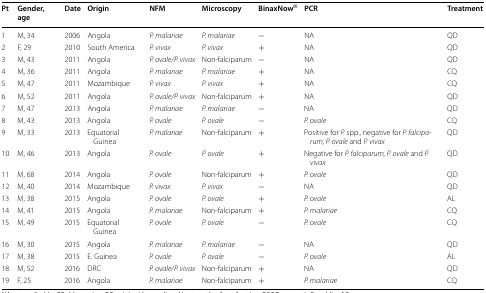
<table><thead><tr><td><b>Pt</b></td><td><b>Gender, age</b></td><td><b>Date</b></td><td><b>Origin</b></td><td><b>NFM</b></td><td><b>Microscopy</b></td><td><b>BinaxNow<sup>®</sup></b></td><td><b>PCR</b></td><td><b>Treatment</b></td></tr></thead><tbody><tr><td>1</td><td>M, 34</td><td>2006</td><td>Angola</td><td><i>P. malariae</i></td><td><i>P. malariae</i></td><td>−</td><td>NA</td><td>QD</td></tr><tr><td>2</td><td>F, 29</td><td>2010</td><td>South America</td><td><i>P. vivax</i></td><td><i>P. vivax</i></td><td>+</td><td>NA</td><td>QD</td></tr><tr><td>3</td><td>M, 43</td><td>2011</td><td>Angola</td><td><i>P. ovale/P. vivax</i></td><td>Non-falciparum</td><td>−</td><td>NA</td><td>QD</td></tr><tr><td>4</td><td>M, 36</td><td>2011</td><td>Angola</td><td><i>P. malariae</i></td><td><i>P. malariae</i></td><td>+</td><td>NA</td><td>CQ</td></tr><tr><td>5</td><td>M, 47</td><td>2011</td><td>Mozambique</td><td><i>P. vivax</i></td><td><i>P. vivax</i></td><td>+</td><td>NA</td><td>CQ</td></tr><tr><td>6</td><td>M, 52</td><td>2011</td><td>Angola</td><td><i>P. ovale/P. vivax</i></td><td>Non-falciparum</td><td>+</td><td>NA</td><td>QD</td></tr><tr><td>7</td><td>M, 47</td><td>2013</td><td>Angola</td><td><i>P. malariae</i></td><td><i>P. malariae</i></td><td>−</td><td>NA</td><td>QD</td></tr><tr><td>8</td><td>M, 43</td><td>2013</td><td>Angola</td><td><i>P. ovale</i></td><td><i>P. ovale</i></td><td>−</td><td><i>P. ovale</i></td><td>CQ</td></tr><tr><td>9</td><td>M, 33</td><td>2013</td><td>Equatorial Guinea</td><td><i>P. malariae</i></td><td>Non-falciparum</td><td>+</td><td>Positive for <i>P.</i> spp., negative for <i>P. falciparum, P. ovale</i> and <i>P. vivax</i></td><td>QD</td></tr><tr><td>10</td><td>M, 46</td><td>2013</td><td>Angola</td><td><i>P. ovale</i></td><td><i>P. ovale</i></td><td>+</td><td>Negative for <i>P. falciparum, P. ovale</i> and <i>P. vivax</i></td><td>QD</td></tr><tr><td>11</td><td>M, 68</td><td>2014</td><td>Angola</td><td><i>P. ovale</i></td><td>Non-falciparum</td><td>+</td><td><i>P. ovale</i></td><td>QD</td></tr><tr><td>12</td><td>M, 40</td><td>2014</td><td>Mozambique</td><td><i>P. vivax</i></td><td><i>P. vivax</i></td><td>−</td><td>NA</td><td>QD</td></tr><tr><td>13</td><td>M, 38</td><td>2015</td><td>Angola</td><td><i>P. ovale</i></td><td><i>P. ovale</i></td><td>+</td><td><i>P. ovale</i></td><td>AL</td></tr><tr><td>14</td><td>M, 41</td><td>2015</td><td>Angola</td><td><i>P. malariae</i></td><td>Non-falciparum</td><td>+</td><td><i>P. malariae</i></td><td>CQ</td></tr><tr><td>15</td><td>M, 49</td><td>2015</td><td>Equatorial Guinea</td><td><i>P. ovale</i></td><td><i>P. ovale</i></td><td>−</td><td><i>P. ovale</i></td><td>CQ</td></tr><tr><td>16</td><td>M, 30</td><td>2015</td><td>Angola</td><td><i>P. malariae</i></td><td><i>P. malariae</i></td><td>−</td><td>NA</td><td>QD</td></tr><tr><td>17</td><td>M, 38</td><td>2015</td><td>E. Guinea</td><td><i>P. ovale</i></td><td><i>P. ovale</i></td><td>−</td><td><i>P. ovale</i></td><td>AL</td></tr><tr><td>18</td><td>M, 52</td><td>2016</td><td>DRC</td><td><i>P. ovale/P. vivax</i></td><td>Non-falciparum</td><td>+</td><td>NA</td><td>QD</td></tr><tr><td>19</td><td>F, 25</td><td>2016</td><td>Angola</td><td><i>P. malariae</i></td><td>Non-falciparum</td><td>+</td><td><i>P. malariae</i></td><td>CQ</td></tr></tbody></table>